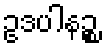
ဥဒပါနဉ္စ